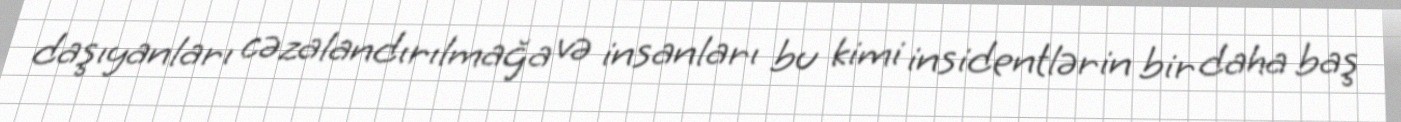
daşıyanları cəzalandırılmağa və insanları bu kimi insidentlərin bir daha baş